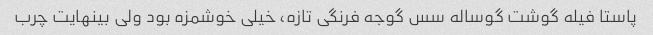
پاستا فیله گوشت گوساله سس گوجه فرنگی تازه، خیلی خوشمزه بود ولی بینهایت چرب